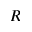
R